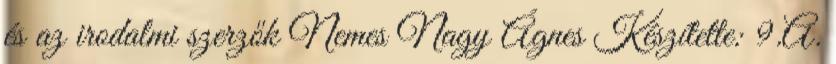
és az irodalmi szerzők Nemes Nagy Ágnes Készítette: 9.A.